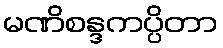
မဏိစန္ဒကပ္ပိတာ